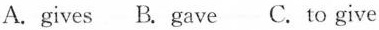
A.gives B. gave C. to give